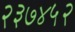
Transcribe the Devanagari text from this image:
२३७४५२